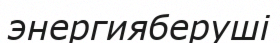
энергияберуші